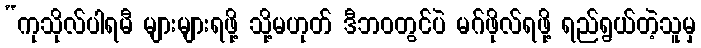
“ကုသိုလ်ပါရမီ များများရဖို့ သို့မဟုတ် ဒီဘဝတွင်ပဲ မဂ်ဖိုလ်ရဖို့ ရည်ရွယ်တဲ့သူမှ